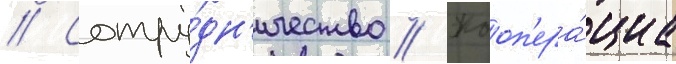
// Сотру́дн'ичество // Кооп'ера́циа